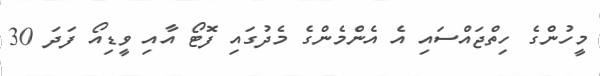
މީހުންގެ ހިތްޖައްސައި އެ އެންމެންގެ މެދުގައި ފޮޓޯ އާއި ވީޑިއޯ ފަދަ 30